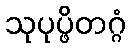
သုပုပ္ဖိတဂ္ဂံ